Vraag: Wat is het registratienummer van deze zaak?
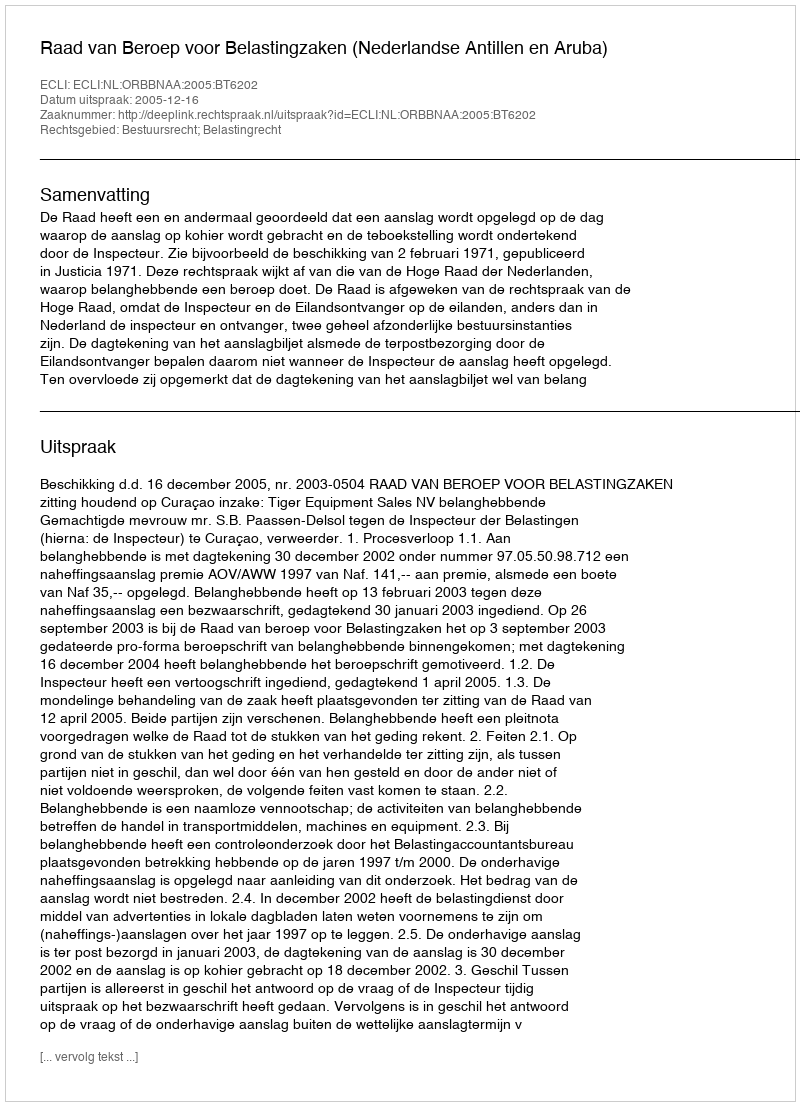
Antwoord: http://deeplink.rechtspraak.nl/uitspraak?id=ECLI:NL:ORBBNAA:2005:BT6202